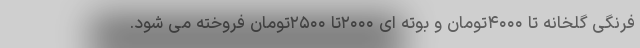
فرنگی گلخانه تا ۴۰۰۰تومان و بوته ای ۲۰۰۰تا ۲۵۰۰تومان فروخته می شود.